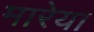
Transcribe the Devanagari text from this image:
मारेया